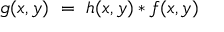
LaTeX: g ( x , y ) ~ = ~ h ( x , y ) * f ( x , y )